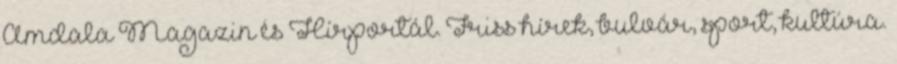
Amdala Magazin és Hírportál. Friss hírek, bulvár, sport, kultúra.